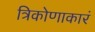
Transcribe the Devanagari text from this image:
त्रिकोणाकारं